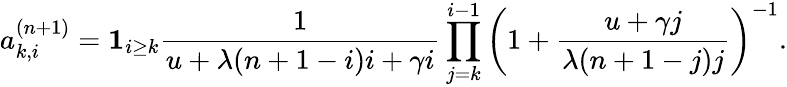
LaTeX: a_{k,i}^{(n+1)}=\mathbf{1}_{i\geq k}\frac{1}{u+\lambda(n+1-i)i+\gamma i}\prod_{j=k}^{i-1}\left(1+\frac{u+\gamma j}{\lambda(n+1-j)j}\right)^{-1}.